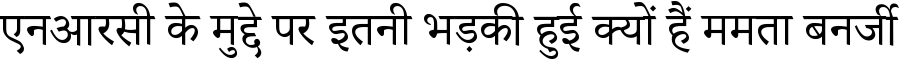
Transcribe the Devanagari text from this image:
एनआरसी के मुद्दे पर इतनी भड़की हुई क्यों हैं ममता बनर्जी